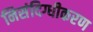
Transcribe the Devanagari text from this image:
निसंदिग्धीकरण